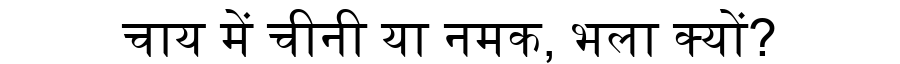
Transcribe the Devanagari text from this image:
चाय में चीनी या नमक, भला क्यों?